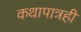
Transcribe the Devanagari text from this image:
कथापात्रही